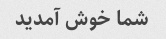
شما خوش آمدید